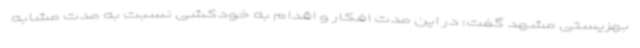
بهزیستی مشهد گفت: در این مدت افکار و اقدام به خودکشی نسبت به مدت مشابه